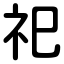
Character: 祀